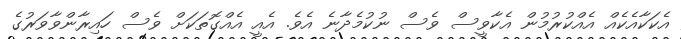
އެކަކާއެކެއް އެއްކުރުމުން އެކާވީސް ވެސް ނުކުމެދާނެ އެވެ. އެއީ އެއްގޮތަކަށް ވެސް ހައިރާންވާވަރުގެ